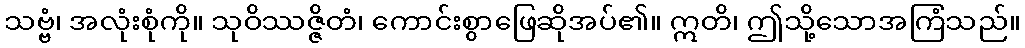
သဗ္ဗံ၊ အလုံးစုံကို။ သုဝိဿဇ္ဇိတံ၊ ကောင်းစွာဖြေဆိုအပ်၏။ ဣတိ၊ ဤသို့သောအကြံသည်။